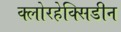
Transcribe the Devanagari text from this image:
क्लोरहेक्सिडीन